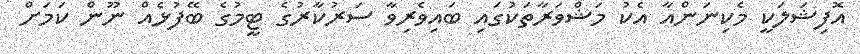
އޮފިޝަލަކީ މެކިނަންއާ އެކު މަޝްވަރާތަކުގައި ބައިވެރިވާ ސަރުކާރުގެ ޓީމުގެ ބޭފުޅެއް ނޫން ކަމަށް